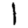
Digit: 1